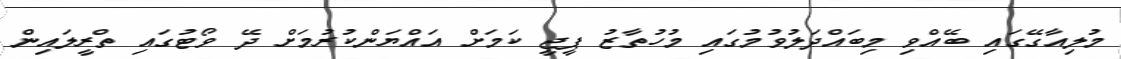
މުލިއާގޭގައި ބޭއްވި މިބައްދަލުވުމުގައި މުހުތާޒު ޕީޖީ ކަމަށް އައްޔަންކުރުމަށް ދޭ ވޯޓުގައި ތްރީލައިން